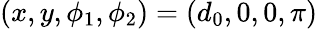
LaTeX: (x,y,\phi_{1},\phi_{2})=(d_{0},0,0,\pi)